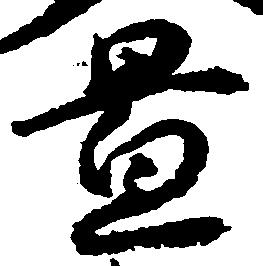
置